Preliminary report of a malaria survey of Calcutta and environs
Disease focus: Malaria
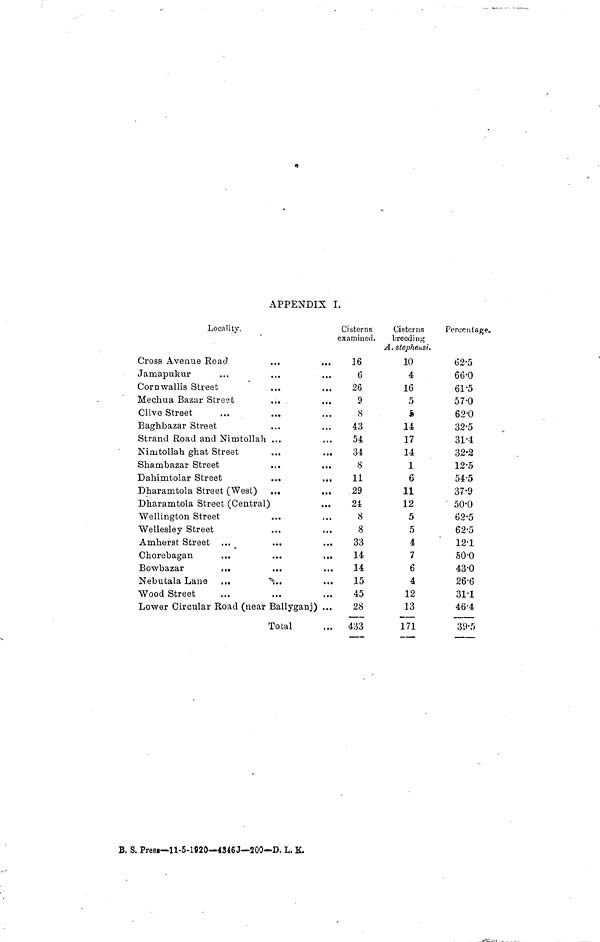
APPENDIX I.
Locality.
Cross Avenue Road
Jamapukur
Corn wallis Street
...
...
Mechua Bazar Street
Clive Street
Baghbazar Street
Strand Road and Nimotollah ...
Ninitollah ghat Street
Shambazar Street
...
...
Dahimtolar Street
...
...
Dharamtola Street (West) ...
...
Dharamtola Street (Central)
Wellington Street
Wellesley Street
Arnherst Street
Chorebagan
Bowbazar
...
Nebutala Lane ...
...
...
Wood Street
Lower Circular Road (near Ballyganj) ...
Total
Cisterns
examined.
16
6
26
9
8
43
54
34
8
11
29
24
8
8
33
14
14
15
45
28
433
Cisterns
breeding
A. Stephens!.
10
4
16
5
5
14
17
14
1
6
11
12
5
5
4
7
6
4
12
13
171
Percentage,
62.5
66.0
61.5
57.0
62.0
32.5
31.4
32.2
12.5
54.5
37.9
50.0
62.5
62.5
12.1
50.0
43.0
26.6
31.1
46.4
39.5
B. S. Prèss—11-5-1920—4346J—200-D. L. K.